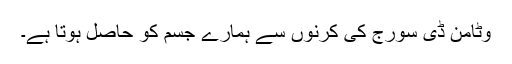
وٹامن ڈی سورج کی کرنوں سے ہمارے جسم کو حاصل ہوتا ہے۔